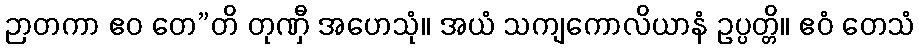
ဉာတကာ ဧဝ တေ”တိ တုဏှီ အဟေသုံ။ အယံ သကျကောလိယာနံ ဥပ္ပတ္တိ။ ဧဝံ တေသံ